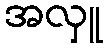
အလှူ